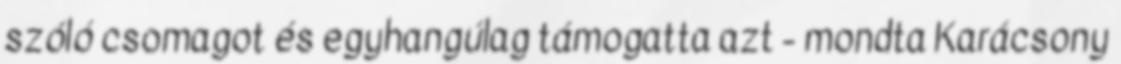
szóló csomagot és egyhangúlag támogatta azt - mondta Karácsony